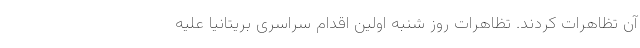
آن تظاهرات کردند. تظاهرات روز شنبه اولین اقدام سراسری بریتانیا علیه